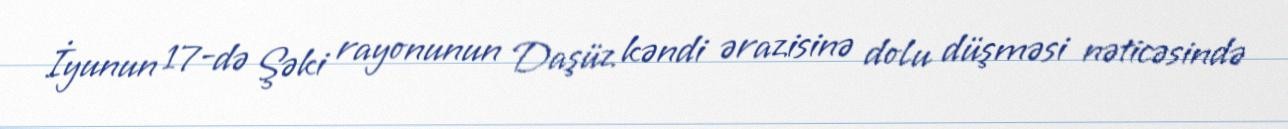
İyunun 17-də Şəki rayonunun Daşüz kəndi ərazisinə dolu düşməsi nəticəsində